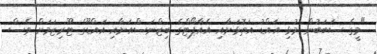
"މީގެ ސަބަބުން މުޅި އައްޑު އަތޮޅަށާއި އެއާޕޯޓްގެ ބިޒްނަސްއަށާއި އައްޑޫގެ ޓޫރިޒަމަށް ވެސް